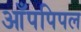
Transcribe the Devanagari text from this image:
आँपपिपल